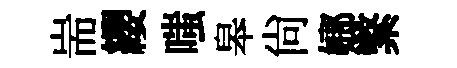
耑纓嗤皋尚嫏繁